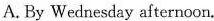
A. By Wednesday afternoon.